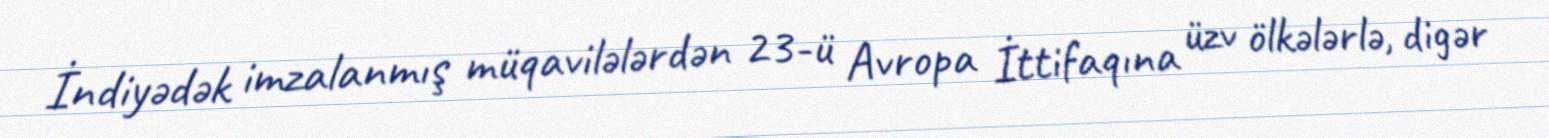
İndiyədək imzalanmış müqavilələrdən 23-ü Avropa İttifaqına üzv ölkələrlə, digər